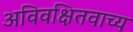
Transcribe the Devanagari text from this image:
अविवक्षितवाच्य